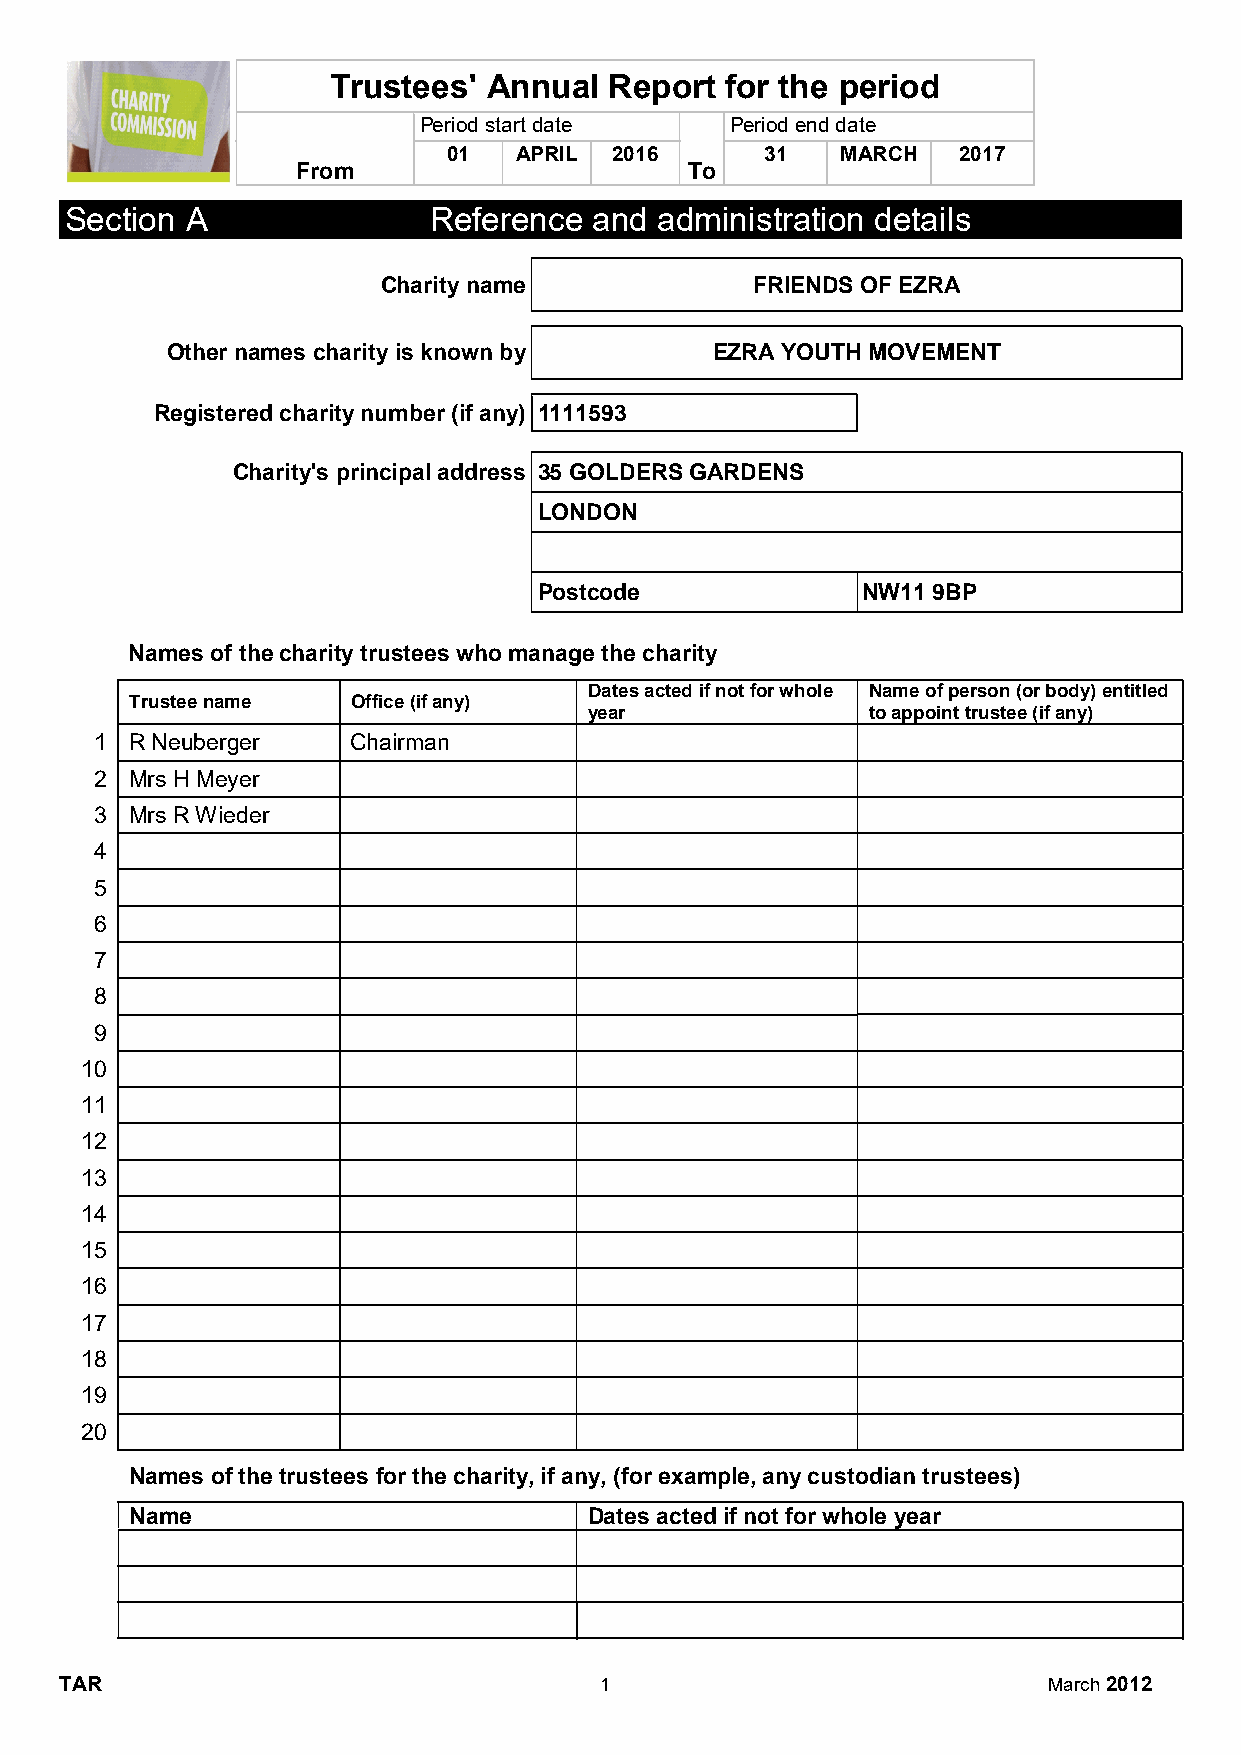
Trustees' Annual  Report  for the period
 Period start date   Period end date
 01  APRIL  2016      31   MARCH  2017
 From                      To
 Section A               Reference  and  administration details
 Charity name             FRIENDS OF EZRA
 Other names charity is known by     EZRA YOUTH MOVEMENT
 Registered charity number (if any) 1111593
 Charity's principal address 35 GOLDERS GARDENS
 LONDON
 Postcode             NW11 9BP
 Names of the charity trustees who manage the charity
 Dates acted if not for whole Name of person (or body) entitled
 Trustee name  Office (if any)
 year              to appoint trustee (if any)
 1  R Neuberger   Chairman
 2  Mrs H Meyer
 3  Mrs R Wieder
 4
 5
 6
 7
 8
 9
 10
 11
 12
 13
 14
 15
 16
 17
 18
 19
 20
 Names of the trustees for the charity, if any, (for example, any custodian trustees)
 Name                          Dates acted if not for whole year
 TAR                                 1                            March 2012